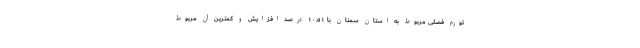
تورم فصلی مربوط به استان سمنان با ١٠.٥١ درصد افزایش و کمترین آن مربوط